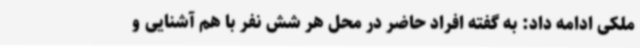
ملکی ادامه داد: به گفته افراد حاضر در محل هر شش نفر با هم آشنایی و